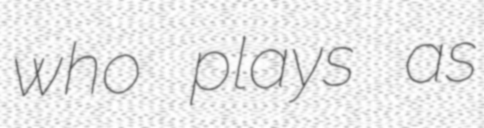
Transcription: who plays as